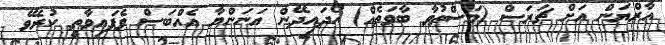
އާރްޔަން އަށް ޗަރަސް (މަސްތުވާ ބާވަތެއް) ހޯދައިދޭން އަނަންޔާ އެއްބަސް ވެފައިވާތީ ކުރެވޭ